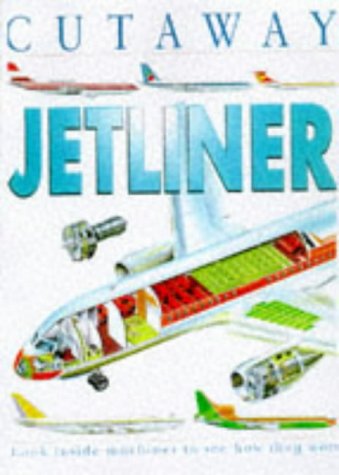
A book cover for Cutaway Jetliners; Jon Richards; Children's Books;